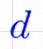
d